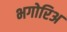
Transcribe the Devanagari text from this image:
भगोरिअ